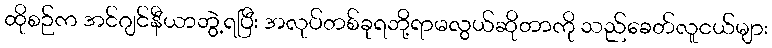
ထိုစဉ်က အင်ဂျင်နီယာဘွဲ့ရပြီး အလုပ်တစ်ခုရဘို့ရာမလွယ်ဆိုတာကို သည်ခေတ်လူငယ်များ